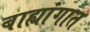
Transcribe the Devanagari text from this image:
बाह्यांगात